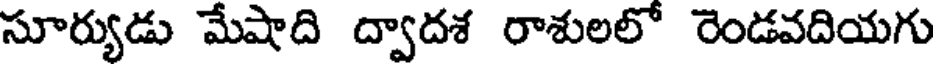
సూర్యుడు మేషాది ద్వాదశ రాశులలో రెండవదియగు